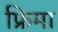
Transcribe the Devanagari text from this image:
फ्रिमा